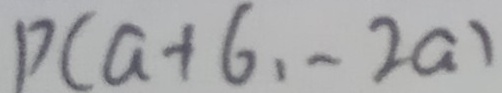
P ( a + 6 , - 2 a )